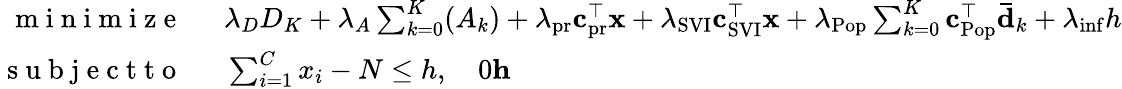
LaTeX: \begin{array}{rl}{\mathrm{~m~i~n~i~m~i~z~e~}\: \: }&{{}\lambda_{D}D_{K}+\lambda_{A}\sum_{k=0}^{K}(A_{k})+\lambda_{\mathrm{pr}}\mathbf{c}_{\mathrm{pr}}^{\top}\mathbf{x}+\lambda_{\mathrm{SVI}}\mathbf{c}_{\mathrm{SVI}}^{\top}\mathbf{x}+\lambda_{\mathrm{Pop}}\sum_{k=0}^{K}\mathbf{c}_{\mathrm{Pop}}^{\top}\mathbf{\bar{d}}_{k}+\lambda_{\mathrm{inf}}h}\\ {\mathrm{~s~u~b~j~e~c~t~t~o~}\: \: }&{{}\sum_{i=1}^{C}x_{i}-N\leq h,\quad 0\le h}\end{array}